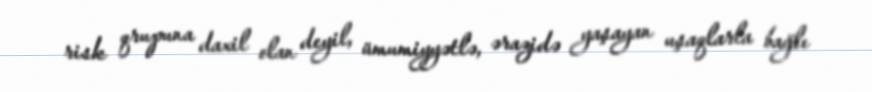
risk qrupuna daxil olan deyil, ümumiyyətlə, ərazidə yaşayan uşaqlarla bağlı